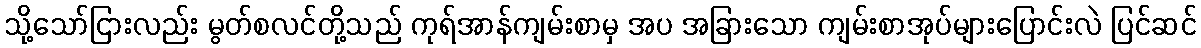
သို့သော်ငြားလည်း မွတ်စလင်တို့သည် ကုရ်အာန်ကျမ်းစာမှ အပ အခြားသော ကျမ်းစာအုပ်များပြောင်းလဲ ပြင်ဆင်